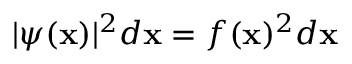
| \psi ( \mathbf { x } ) | ^ { 2 } d \mathbf { x } = f ( \mathbf { x } ) ^ { 2 } d \mathbf { x }